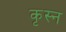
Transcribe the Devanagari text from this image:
कृस्न